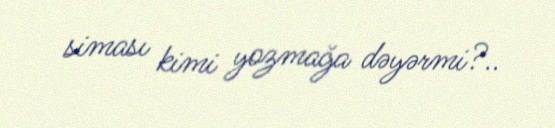
siması kimi yozmağa dəyərmi?..